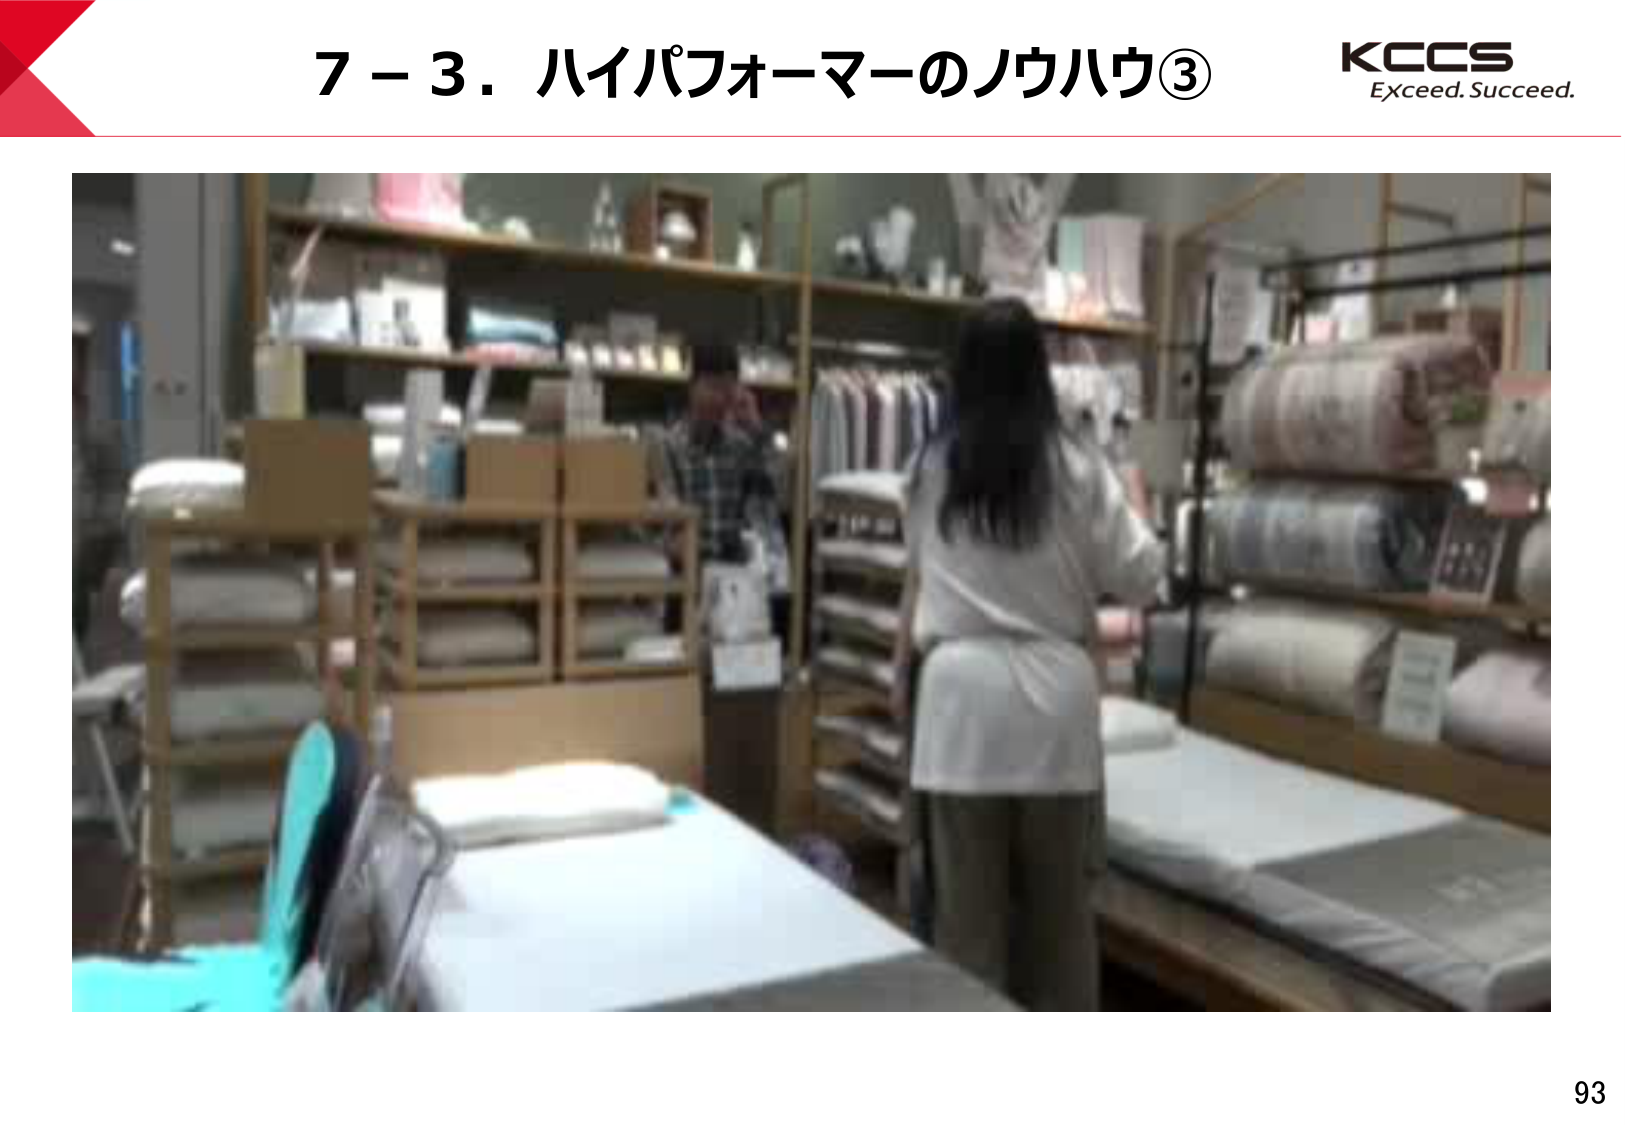
7－3．ハイパフォーマーのノウハウ③
KCCS
Exceed. Succeed.
93